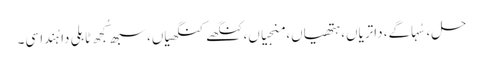
حل، سُہاگے، داتریاں، ہتھیاں، منجیاں، کنگھے کنگھیاں، سبھ کُجھ ٹاہلی دا ہُندا سی۔